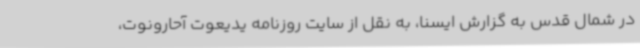
در شمال قدس به گزارش ایسنا، به نقل از سایت روزنامه یدیعوت آحارونوت،